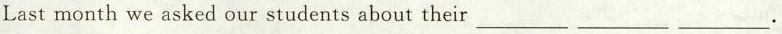
Last month we asked our students about their_________ _________ _________.